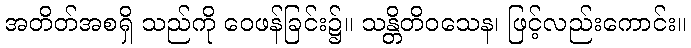
အတိတ်အစရှိ သည်ကို ဝေဖန်ခြင်း၌။ သန္တိတိဝသေန၊ ဖြင့်လည်းကောင်း။